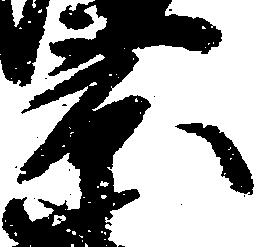
景